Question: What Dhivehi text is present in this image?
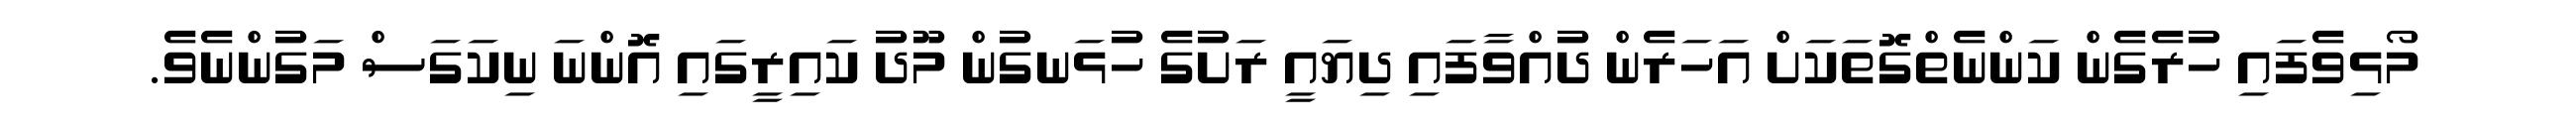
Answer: މޯޅިވެފައި ހުރެގެން ކަންނެތްގޮތަކަށް އަހަރެން ދުއްވާފައި ދިޔައީ ރަށުގެ ހުޅަނގުން މޫދު ކައިރީގައި އޮންނަ ނިކަގަސް މަގުންނެވެ.